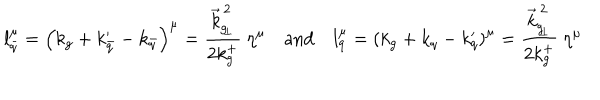
l _ { \bar { q } } ^ { \mu } = \left( k _ { g } + k _ { \bar { q } } ^ { \prime } - k _ { \bar { q } } \right) ^ { \mu } = { \frac { \vec { k } _ { g _ { \! \perp } } ^ { \, 2 } } { 2 k _ { g } ^ { + } } } \ \eta ^ { \mu } \quad \mathrm { a n d } \quad l _ { q } ^ { \mu } = \left( k _ { g } + k _ { q } - k _ { q } ^ { \prime } \right) ^ { \mu } = { \frac { \vec { k } _ { g _ { \! \perp } } ^ { \, 2 } } { 2 k _ { g } ^ { + } } } \ \eta ^ { \mu }